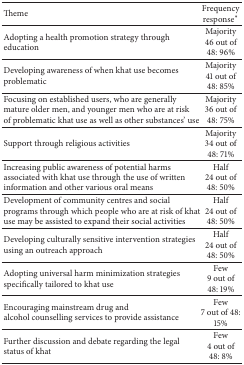
<table><thead><tr><td><b>Theme </b></td><td><b>Frequency response<sup>*</sup></b></td></tr></thead><tbody><tr><td>Adopting a health promotion strategy through education</td><td>Majority46 out of 48: 96%</td></tr><tr><td>Developing awareness of when khat use becomes problematic</td><td>Majority41 out of 48: 85% </td></tr><tr><td>Focusing on established users, who are generally mature older men, and younger men who are at risk of problematic khat use as well as other substances&#x27; use</td><td>Majority36 out of 48: 75% </td></tr><tr><td>Support through religious activities</td><td>Majority34 out of 48: 71% </td></tr><tr><td>Increasing public awareness of potential harms associated with khat use through the use of written information and other various oral means</td><td>Half 24 out of 48: 50%</td></tr><tr><td>Development of community centres and social programs through which people who are at risk of khat use may be assisted to expand their social activities</td><td>Half 24 out of 48: 50%</td></tr><tr><td>Developing culturally sensitive intervention strategies using an outreach approach</td><td>Half 24 out of 48: 50%</td></tr><tr><td>Adopting universal harm minimization strategies specifically tailored to khat use</td><td>Few 9 out of 48: 19%</td></tr><tr><td>Encouraging mainstream drug and alcohol counselling services to provide assistance</td><td>Few 7 out of 48: 15%</td></tr><tr><td>Further discussion and debate regarding the legal status of khat</td><td>Few 4 out of 48: 8%</td></tr></tbody></table>